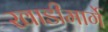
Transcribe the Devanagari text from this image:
खाडीमार्गे